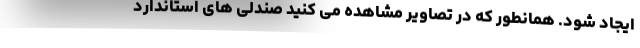
ایجاد شود. همانطور که در تصاویر مشاهده می کنید صندلی های استاندارد